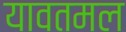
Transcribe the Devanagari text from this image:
यावतमल